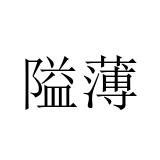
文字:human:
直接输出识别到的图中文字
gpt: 隘薄